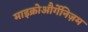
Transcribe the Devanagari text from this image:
माइक्रोऔर्गेनिज़म